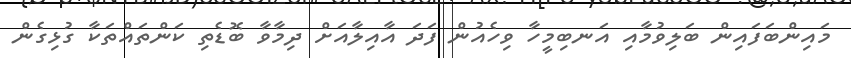
މައިންބަފައިން ބަލިވުމާއި އަނބިމީހާ ވިހެއުން ފަދަ އާއިލާއަށް ދިމާވާ ބޮޑެތި ކަންތައްތަކާ ގުޅިގެން